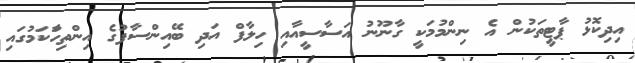
އިދިކޮޅު ޕާޓީތަކުން އެ ނިންމުމަކީ ގާނޫނު އަސާސީއާއި ހިލާފް އަދި ބޭއިންސާފުގެ އިންތިހާަކަމުގައި